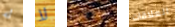
له لا حافظي العلاقات